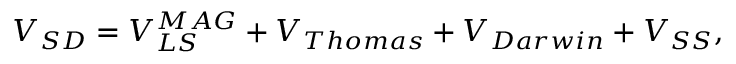
V _ { S D } = V _ { L S } ^ { M A G } + V _ { T h o m a s } + V _ { D a r w i n } + V _ { S S } ,